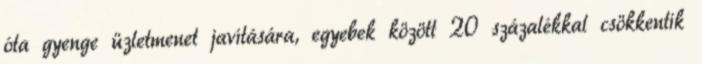
óta gyenge üzletmenet javítására, egyebek között 20 százalékkal csökkentik